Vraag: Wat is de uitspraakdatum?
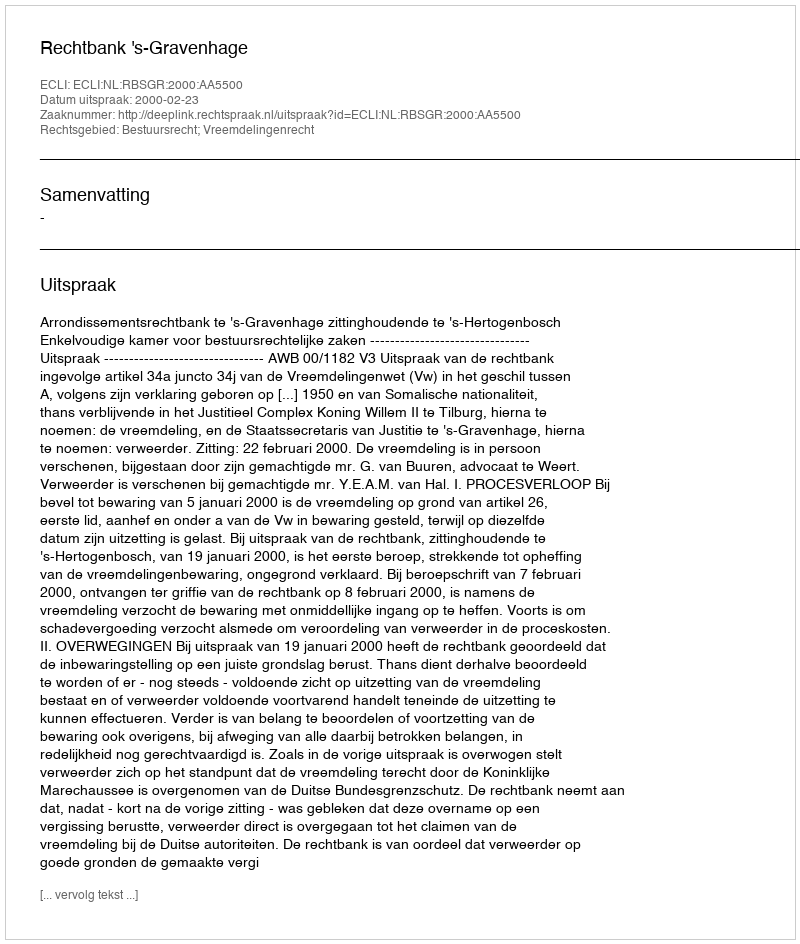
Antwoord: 2000-02-23